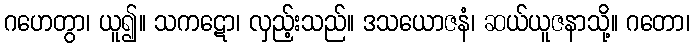
ဂဟေတွာ၊ ယူ၍။ သကဋော၊ လှည့်းသည်။ ဒသယောဇနံ၊ ဆယ်ယူဇနာသို့။ ဂတော၊